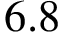
6 . 8